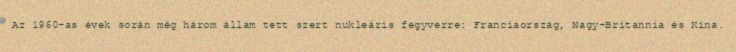
Az 1960-as évek során még három állam tett szert nukleáris fegyverre: Franciaország, Nagy-Britannia és Kína.